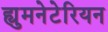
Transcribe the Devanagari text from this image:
ह्युमनेटेरियन